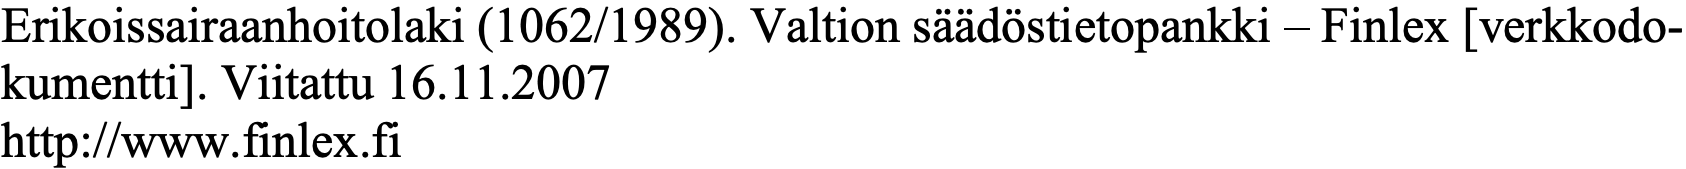
Erikoissairaanhoitolaki (1062/1989). Valtion säädöstietopankki – Finlex [verkkodo- kumentti]. Viitattu 16.11.2007 http://www.finlex.fi